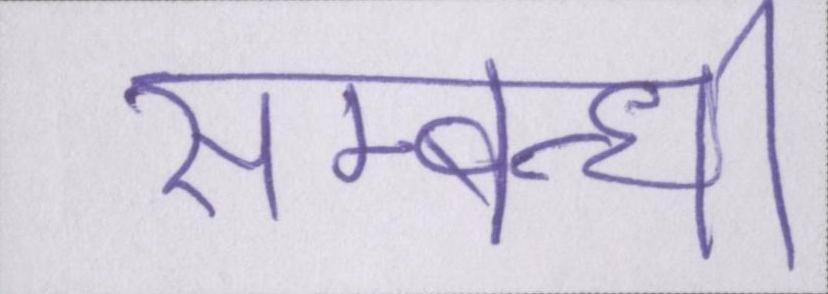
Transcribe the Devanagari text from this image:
सम्बन्धी